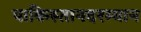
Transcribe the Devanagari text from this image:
पाकिस्तानदरम्यान